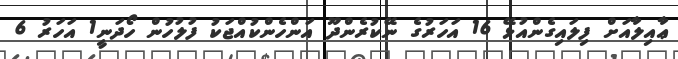
ޢާއިލާއަށް ފިލައިގެންއުޅޭ 16 އަހަރުގެ ނޭކުރެންދޫ އަންހެންކުއްޖަކު ފުލުހުން ހޯދަނީ1 އަހަރު 6